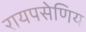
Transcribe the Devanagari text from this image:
रायपसेणिय